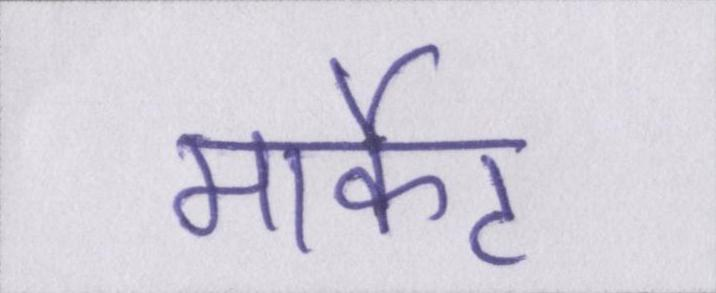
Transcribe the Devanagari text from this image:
मार्केट